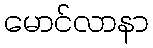
မောင်လာနာ